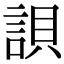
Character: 𧧾